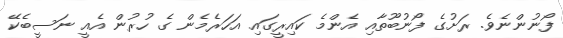
ފޯނުންނެވެ. ރަށުގެ ފޯނުބޫތާއި އެންމެ ކައިރީގައި އަހަރެމެން ގެ ހުރުން އެއީ ނަސީބެކޭ